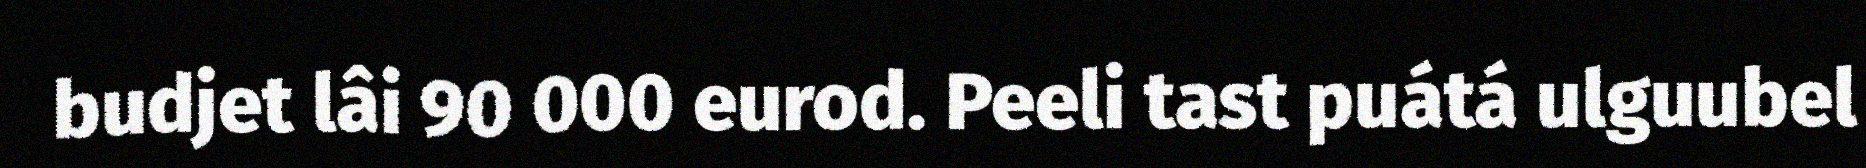
budjet lâi 90 000 eurod. Peeli tast puátá ulguubel